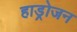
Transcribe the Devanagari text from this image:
हाड्रोजन